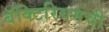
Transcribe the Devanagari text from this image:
बॅक्टिरियमची